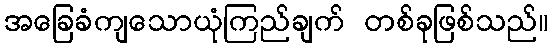
အခြေခံကျသောယုံကြည်ချက် တစ်ခုဖြစ်သည်။